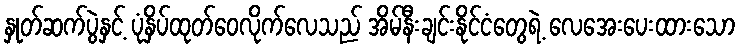
နှုတ်ဆက်ပွဲနှင့် ပုံနှိပ်ထုတ်ဝေလိုက်လေသည် အိမ်နီးချင်းနိုင်ငံတွေရဲ့ လေအေးပေးထားသော